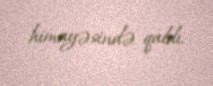
himayəsində qaldı.